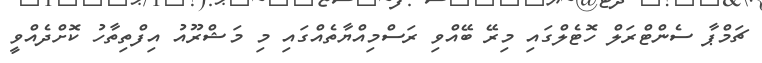
ޗަމްޕާ ސެންޓްރަލް ހޮޓެލްގައި މިރޭ ބޭއްވި ރަސްމިއްޔާތެއްގައި މި މަޝްރޫއު އިފްތިތާހު ކޮށްދެއްވީ